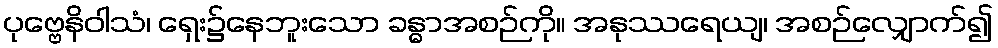
ပုဗ္ဗေနိဝါသံ၊ ရှေး၌နေဘူးသော ခန္ဓာအစဉ်ကို။ အနုဿရေယျ၊ အစဉ်လျှောက်၍